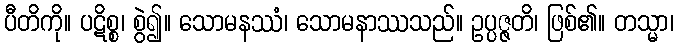
ပီတိကို။ ပဋိစ္စ၊ စွဲ၍။ သောမနဿံ၊ သောမနာဿသည်။ ဥပ္ပဇ္ဇတိ၊ ဖြစ်၏။ တသ္မာ၊